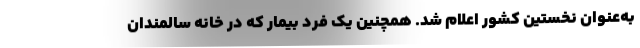
به‌عنوان نخستین کشور اعلام شد. همچنین یک فرد بیمار که در خانه سالمندان